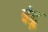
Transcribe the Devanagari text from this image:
इंट्रू